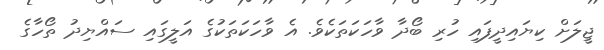
ޖީލަށް ކިޔައިދީފައި ހުރި ބޯދާ ވާހަކަތަކެވެ. އެ ވާހަކަތަކުގެ އަލީގައި ސައްޔިދު ތޯހާގެ